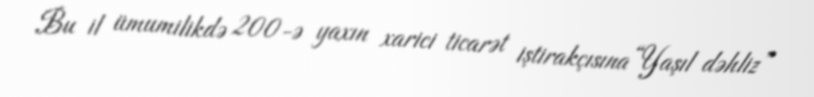
Bu il ümumilikdə 200-ə yaxın xarici ticarət iştirakçısına “Yaşıl dəhliz”